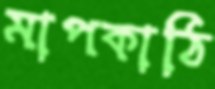
মাপকাঠি